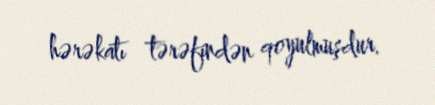
hərəkatı tərəfindən qoyulmuşdur.